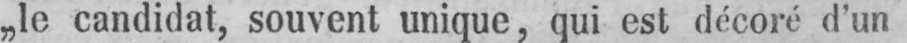
„le candidat, souvent unique, qui est décoré d’un